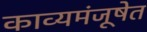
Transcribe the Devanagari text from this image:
काव्यमंजूषेत